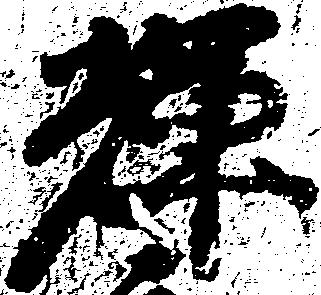
輝